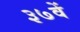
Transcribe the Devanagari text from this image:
३७वें